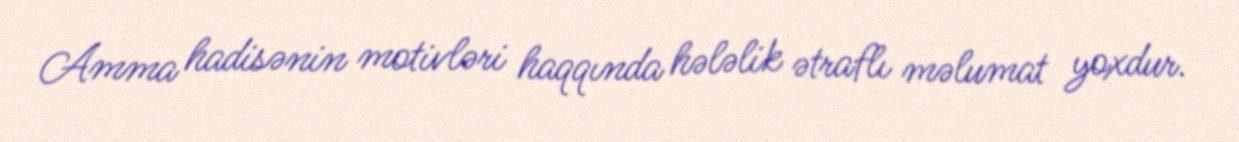
Amma hadisənin motivləri haqqında hələlik ətraflı məlumat yoxdur.